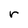
Character: r